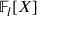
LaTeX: \mathbb { F } _ { l } [ X ]